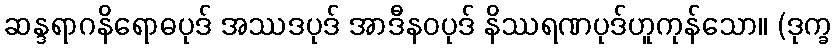
ဆန္ဒရာဂနိရောဓပုဒ် အဿဒပုဒ် အာဒီနဝပုဒ် နိဿရဏပုဒ်ဟူကုန်သော။ (ဒုက္ခ